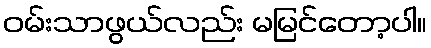
ဝမ်းသာဖွယ်လည်း မမြင်တော့ပါ။